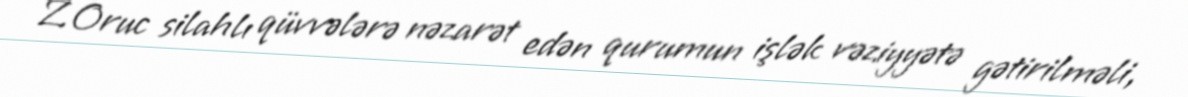
Z.Oruc silahlı qüvvələrə nəzarət edən qurumun işlək vəziyyətə gətirilməli,